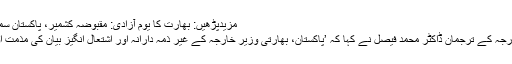
مزیدپڑھیں: بھارت کا یوم آزادی: مقبوضہ کشمیر، پاکستان سمیت دنیا بھر میں یوم سیاہ
اس ضمن میں وزارت خارجہ کے ترجمان ڈاکٹر محمد فیصل نے کہا کہ ’پاکستان، بھارتی وزیر خارجہ کے غیر ذمہ دارانہ اور اشتعال انگیز بیان کی مذمت اور اسے مسترد کرتا ہے۔